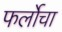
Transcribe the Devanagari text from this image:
फर्लोचा